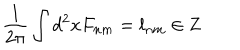
\frac 1 { 2 \pi } \int d ^ { 2 } x F _ { n m } = l _ { n m } \in { \bf Z }